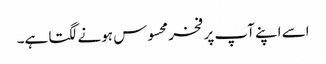
اسے اپنے آپ پر فخر محسوس ہونے لگتا ہے۔